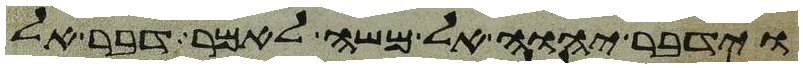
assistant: וידבר יהוה אל משה לאמר דבר אל